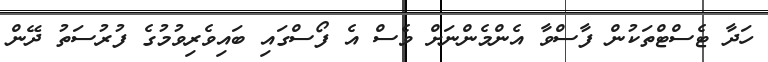
ހަދާ ޓެސްޓްތަކުން ފާސްވާ އެންމެންނަށް ވެސް އެ ފޯސްގައި ބައިވެރިވުމުގެ ފުރުސަތު ދޭން